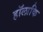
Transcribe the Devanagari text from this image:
हॉलाकि